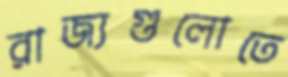
রাজ্যগুলোতে